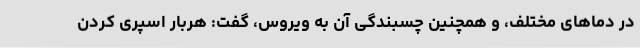
در دماهای مختلف، و همچنین چسبندگی آن به ویروس، گفت: هربار اسپری کردن